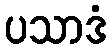
ပသာဒံ